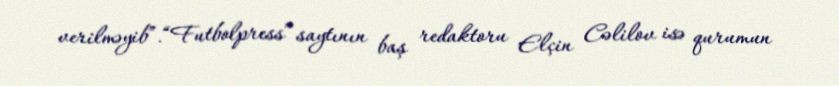
verilməyib”.“Futbolpress” saytının baş redaktoru Elçin Cəlilov isə qurumun